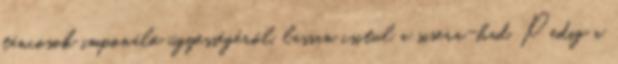
táncosok imponáló ügyességéről, lassan csitul a sisera-had. Pedig a